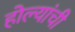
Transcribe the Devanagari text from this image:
होल्यांची